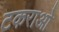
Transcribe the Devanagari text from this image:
टकराओ